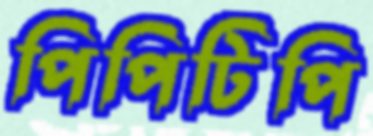
পিপিটিপি